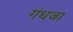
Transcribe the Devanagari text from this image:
गंधजा